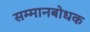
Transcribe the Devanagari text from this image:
सम्मानबोधक